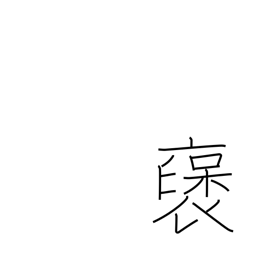
Meaning: praise